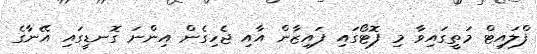
ފްލައިޓް މަތީގައިވާ މި ފޮޓޯގައި ފައިޒާން އާއި ޖެހިގެން އިންނަ ގޮނޑީގައި އޭނާގެ